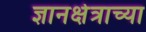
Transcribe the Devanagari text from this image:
ज्ञानक्षेत्राच्या